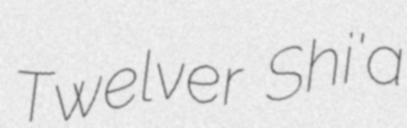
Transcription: Twelver Shi'a